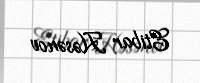
Etibar Həsənov